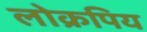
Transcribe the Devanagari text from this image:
लोक्रपिय